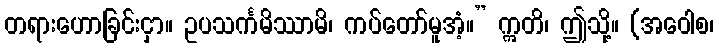
တရားဟောခြင်းငှာ။ ဥပသင်္ကမိဿာမိ၊ ကပ်တော်မူအံ့။” ဣတိ၊ ဤသို့။ (အဝေါစ၊